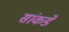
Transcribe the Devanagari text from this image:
सांकडे